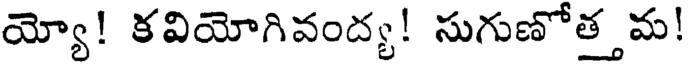
య్యో! కవియోగివంద్య! సుగుణోత్తమ!